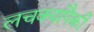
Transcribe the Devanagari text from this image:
लचक्यांपैकी